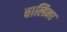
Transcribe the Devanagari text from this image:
वालिका